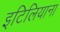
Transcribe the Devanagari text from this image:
इटिलियाना